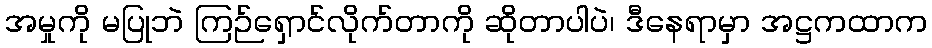
အမှုကို မပြုဘဲ ကြဉ်ရှောင်လိုက်တာကို ဆိုတာပါပဲ၊ ဒီနေရာမှာ အဋ္ဌကထာက